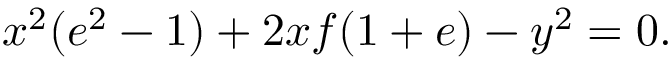
x ^ { 2 } ( e ^ { 2 } - 1 ) + 2 x f ( 1 + e ) - y ^ { 2 } = 0 .